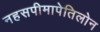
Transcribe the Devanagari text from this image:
नहसपीमापेतिलोन